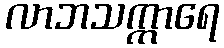
လာဘသက္ကာရေ